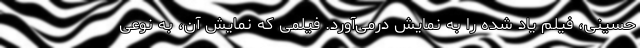
حسینی، فیلم یاد شده را به نمایش درمی‌آورد. فیلمی که نمایش آن، به نوعی